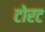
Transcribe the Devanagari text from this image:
टोरट